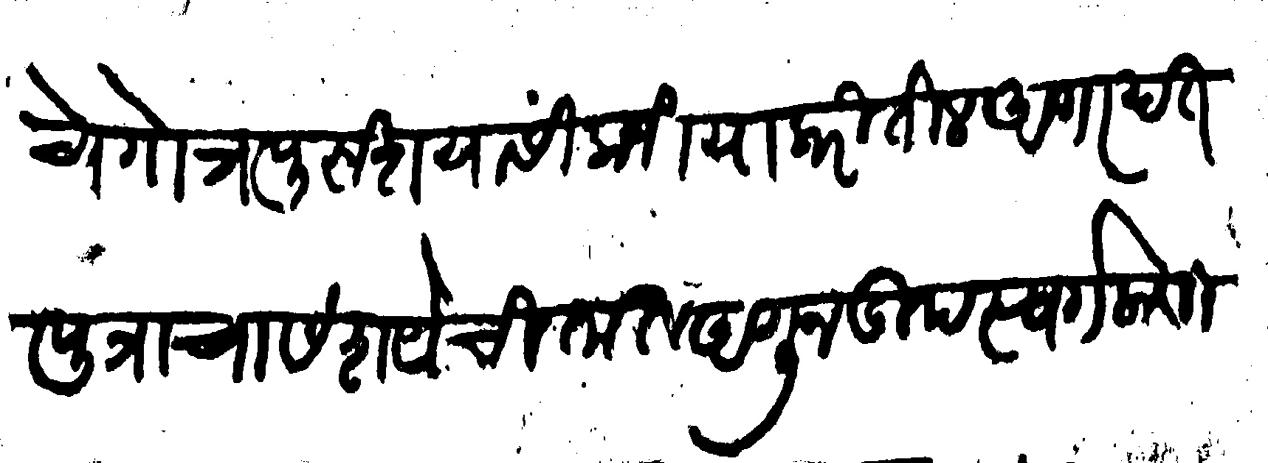
Transliteration (Devanagari): चे गोत्र पुरुश यांसी कजिया करितील अगर दतपुत्राचा संशये चितात आणून उपस्वर्ग लावितील